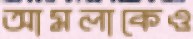
আমলাকেও